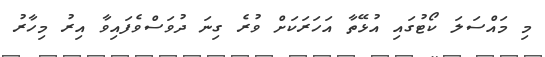
މި މައްސަލަ ކޯޓުގައި އުޅޭތާ އަހަރަކަށް ވުރެ ގިނަ ދުވަސްވެފައިވާ އިރު މިހާރު